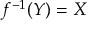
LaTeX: f ^ { - 1 } ( Y ) = X